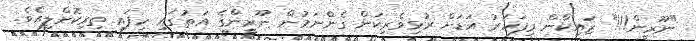
"ނޫރީން!!!" ޒައިކާން މިފަހަރު އަޑަށް ރުޅިވެރިކަން ގެންނަމުން ނޫރީންގެ އަތުގައި ހިފައި ތިރިކޮށްލިއެވެ.